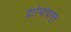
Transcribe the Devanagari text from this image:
प्रारंभापासुन